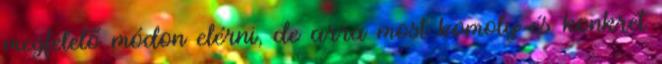
megfelelő módon elérni, de arra most komoly és konkrét